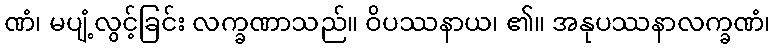
ဏံ၊ မပျံ့လွင့်ခြင်း လက္ခဏာသည်။ ဝိပဿနာယ၊ ၏။ အနုပဿနာလက္ခဏံ၊